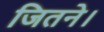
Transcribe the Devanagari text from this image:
जितने।